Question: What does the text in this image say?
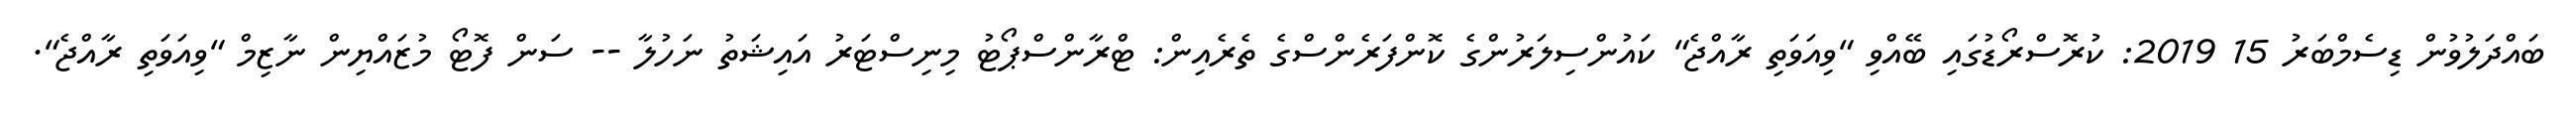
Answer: ބައްދަލުވުން ޑިސެމްބަރު 15 2019: ކުރޮސްރޯޑުގައި ބޭއްވި "ވިއަވަތި ރާއްޖެ" ކައުންސިލަރުންގެ ކޮންފަރެންސްގެ ތެރެއިން: ޓްރާންސްޕޯޓު މިނިސްޓަރު އައިޝަތު ނަހުލާ -- ސަން ފޮޓޯ މުޒައްޔިން ނާޒިމް "ވިއަވަތި ރާއްޖެ".